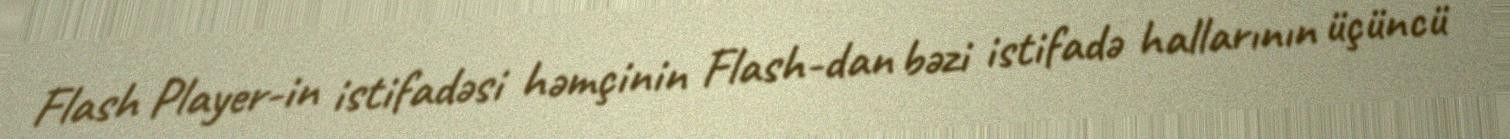
Flash Player-in istifadəsi həmçinin Flash-dan bəzi istifadə hallarının üçüncü